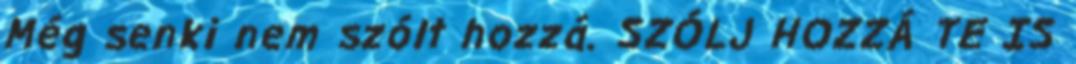
Még senki nem szólt hozzá. SZÓLJ HOZZÁ TE IS